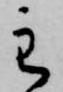
主